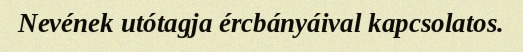
Nevének utótagja ércbányáival kapcsolatos.